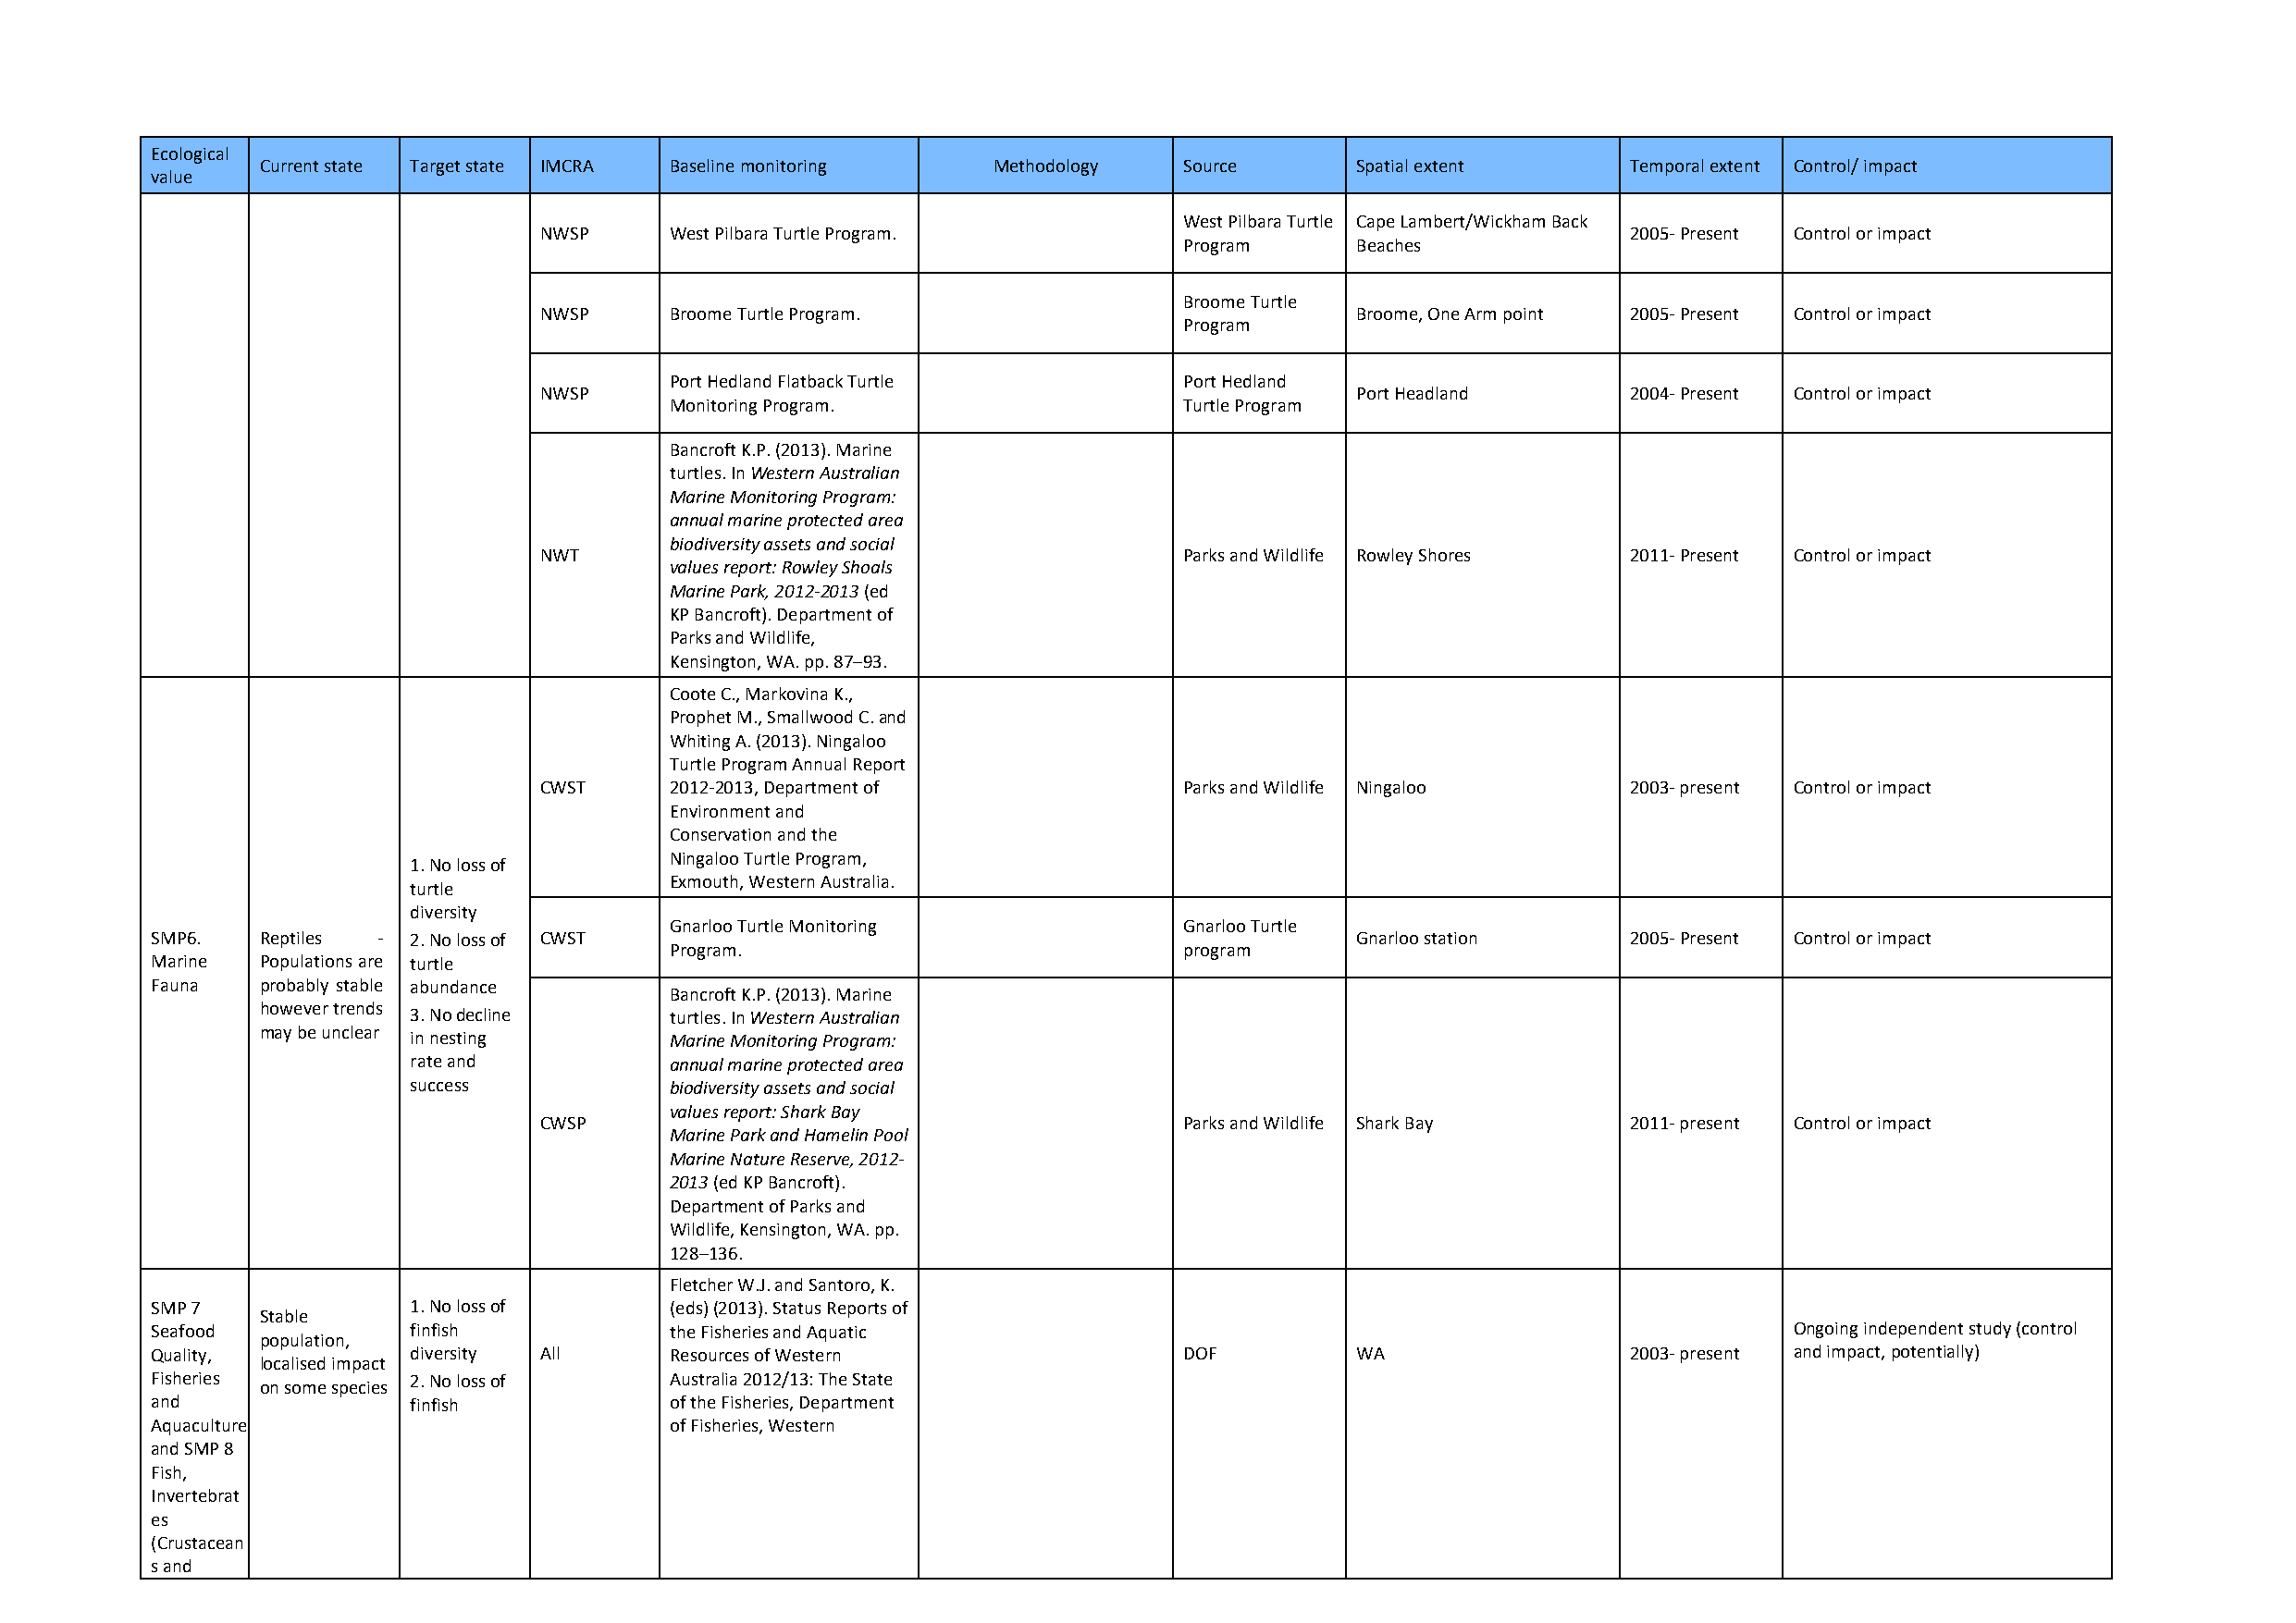
Ecological
 Current state Target state IMCRA Baseline monitoring Methodology  Source      Spatial extent      Temporal extent Control/ impact
 value
 West Pilbara Turtle Cape Lambert/Wickham Back
 NWSP     West Pilbara Turtle Program.                                         2005- Present Control or impact
 Program     Beaches
 Broome Turtle
 NWSP     Broome Turtle Program.                           Broome, One Arm point 2005- Present Control or impact
 Program
 Port Hedland Flatback Turtle         Port Hedland
 NWSP                                                      Port Headland       2004- Present Control or impact
 Monitoring Program.                  Turtle Program
 Bancroft K.P. (2013). Marine
 turtles. In Western Australian
 Marine Monitoring Program:
 annual marine protected area
 biodiversity assets and social
 NWT                                           Parks and Wildlife Rowley Shores 2011- Present Control or impact
 values report: Rowley Shoals
 Marine Park, 2012-2013 (ed
 KP Bancroft). Department of
 Parks and Wildlife,
 Kensington, WA. pp. 87–93.
 Coote C., Markovina K.,
 Prophet M., Smallwood C. and
 Whiting A. (2013). Ningaloo
 Turtle Program Annual Report
 CWST     2012-2013, Department of             Parks and Wildlife Ningaloo     2003- present Control or impact
 Environment and
 Conservation and the
 Ningaloo Turtle Program,
 1. No loss of
 Exmouth, Western Australia.
 turtle
 diversity
 Gnarloo Turtle Monitoring            Gnarloo Turtle
 SMP6.   Reptiles - 2. No loss of CWST                                                 Gnarloo station     2005- Present Control or impact
 Program.                             program
 Marine  Populations are turtle
 Fauna   probably stable abundance
 Bancroft K.P. (2013). Marine
 however trends
 3. No decline      turtles. In Western Australian
 may be unclear
 in nesting         Marine Monitoring Program:
 rate and           annual marine protected area
 success            biodiversity assets and social
 values report: Shark Bay
 CWSP                                          Parks and Wildlife Shark Bay    2011- present Control or impact
 Marine Park and Hamelin Pool
 Marine Nature Reserve, 2012-
 2013 (ed KP Bancroft).
 Department of Parks and
 Wildlife, Kensington, WA. pp.
 128–136.
 Fletcher W.J. and Santoro, K.
 SMP 7             1. No loss of      (eds) (2013). Status Reports of
 Stable
 Seafood           finfish            the Fisheries and Aquatic                                                       Ongoing independent study (control
 population,
 Quality,          diversity All      Resources of Western                 DOF         WA                  2003- present and impact, potentially)
 localised impact
 Fisheries
 on some species
 2. No loss of      Australia 2012/13: The State
 and               finfish            of the Fisheries, Department
 Aquaculture                          of Fisheries, Western
 and SMP 8
 Fish,
 Invertebrat
 es
 (Crustacean
 s and